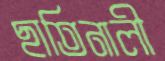
ছাতিনালী